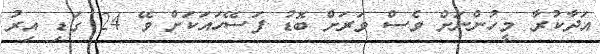
އަދާކުރާ މީހުންނަށް ވެސް ވަރަށް ބޮޑު ފަސޭހައަކަށް ވޭ 24 ގަޑި އިރު